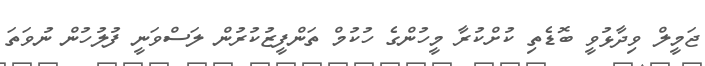
ޖަމީލް ވިދާޅުވީ ބޮޑެތި ކުށްކުރާ މީހުންގެ ހުކުމް ތަންފީޒުކުރުން ލަސްވަނީ ފުލުހުން ނުވަތަ